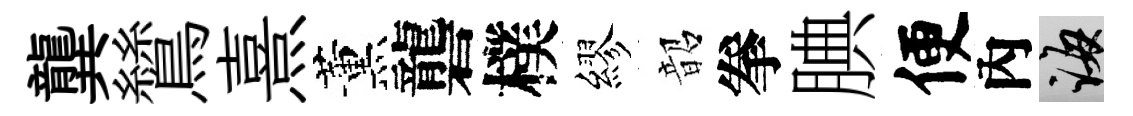
龔鷥熹薰礱樸繆韶拳腆便內誨